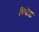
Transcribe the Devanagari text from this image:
बियोंडी